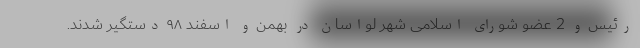
رئیس و 2 عضو شورای اسلامی شهر لواسان در بهمن و اسفند ۹۸ دستگیر شدند.